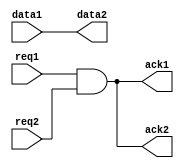
`timescale 1ns / 1ps
module passivator
  #(parameter DWIDTH = 8)
   (input req1,
    output ack1,
    input [0:DWIDTH-1] data1,
    input req2,
    output ack2,
    output [0:DWIDTH-1] data2);

    // Passivator behaviour
    assign ack1 = (req1 & req2);
    assign ack2 = ack1;
   
    // Data passthrough
    assign data2 = data1;
endmodule